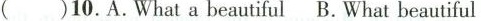
( )10.A.What a beautiful B.What beautiful